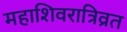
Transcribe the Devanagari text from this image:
महाशिवरात्रिव्रत